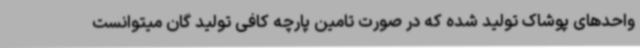
واحدهای پوشاک تولید شده که در صورت تامین پارچه کافی تولید گان میتوانست